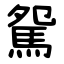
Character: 駌